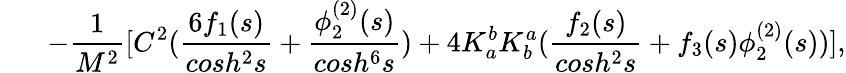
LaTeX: \; \; \; \; \; \; -\frac{1}{M^{2}}[C^{2}(\frac{6f_{1}(s)}{cosh^{2}s}+\frac{\phi_{2}^{(2)}(s)}{cosh^{6}s})+4K_{a}^{b}K_{b}^{a}(\frac{f_{2}(s)}{cosh^{2}s}+f_{3}(s)\phi_{2}^{(2)}(s))],